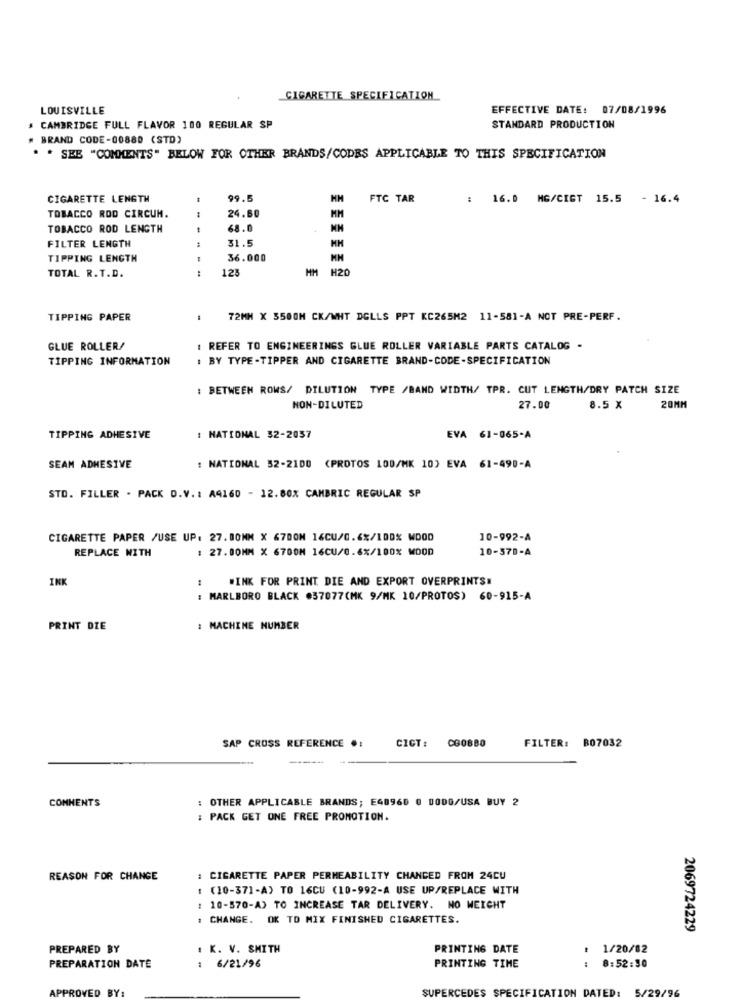
CIGARETTE SPECIFICATION
LOUISVILLE
EFFECTIVE DATE: 07/08/1996
. CAMBRIDGE FULL FLAVOR 100 REGULAR SP
STANDARD PRODUCTION
# BRAND CODE-00880 (STD)
* * SEE "COMMENTS" BELOW FOR OTHER BRANDS/CODES APPLICABLE TO THIS SPECIFICATION
CIGARETTE LENGTH
99.5
FTC TAR
: 16.0 MG/CIGT 15.5 - 16.4
24.60
TOBACCO ROD CIRCUM.
TOBACCO ROD LENGTH
68.0
31.5
FILTER LENGTH
TIPPING LENGTH
36.000
---
123
MM H20
TOTAL R.T.D.
TIPPING PAPER
72MM X 3500H CK/WHT DGLLS PPT KC265M2 11-581-A NOT PRE-PERF.
GLUE ROLLER/
REFER TO ENGINEERINGS GLUE ROLLER VARIABLE PARTS CATALOG -
TIPPING INFORMATION
: BY TYPE-TIPPER AND CIGARETTE BRAND-CODE-SPECIFICATION
: BETWEEN ROWS/ DILUTION TYPE /BAND WIDTH/ TPR. CUT LENGTH/DRY PATCH SIZE
NON-DILUTED
27.00
8.5 X
20MM
TIPPING ADHESIVE
: NATIONAL 32-2057
EVA 61-065-A
SEAM ADHESIVE
: NATIONAL 52-2100 (PROTOS 100/MK 10) EVA 61-490-A
STO. FILLER . PACK D.V .: A4160 - 12.80% CAMBRIC REGULAR SP
CIGARETTE PAPER /USE UP: 27.80MM X 6700N 16CU/0.6%/100% WOOD
10-992-A
REPLACE WITH
: 27.00MM X 6700M 16CU/0.6%/100% MOOD
10-570-A
INK
WINK FOR PRINT DIE AND EXPORT OVERPRINTS!
: MARLBORO BLACK #37077(MK 9/MK 10/PROTOS) 60-915-A
PRINT DIE
: MACHINE NUMBER
FILTER: B07032
SAP CROSS REFERENCE .:
CIGT :
CGOBBO
COMMENTS
: OTHER APPLICABLE BRANDS; EG8960 0 DODG/USA BUY 2
: PACK GET ONE FREE PROMOTION.
REASON FOR CHANGE
: CIGARETTE PAPER PERMEABILITY CHANCED FROM 24CU
: (10-371-A) TO 16CU (10-992-A USE UP/REPLACE WITH
: 10-570-A) TO INCREASE TAR DELIVERY. NO WEIGHT
: CHANGE. OK TO MIX FINISHED CIGARETTES.
2069724229
PREPARED BY
. K. V. SMITH
PRINTING DATE
1/20/02
PRINTING TIME
PREPARATION DATE
: 6/21/96
:
8:52:30
APPROVED BY:
SUPERCEDES SPECIFICATION DATED: 5/29/96